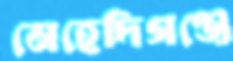
মেহেদিগঞ্জে